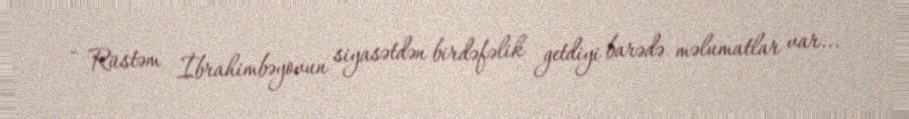
- Rüstəm İbrahimbəyovun siyasətdən birdəfəlik getdiyi barədə məlumatlar var...